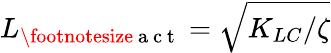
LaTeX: L_{\footnotesize{\mathrm{~a~c~t~}}}=\sqrt{{K_{LC}}/{\zeta}}